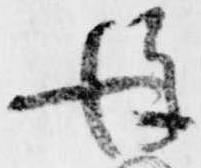
後